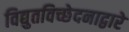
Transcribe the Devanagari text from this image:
विद्युतविच्छेदनाद्वारे